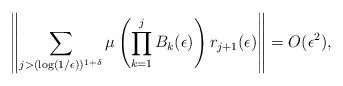
LaTeX: \begin{align*}\left\| \sum_{j> (\log(1/\epsilon))^{1+\delta}} \mu\left(\prod_{k=1}^{j}B_k(\epsilon)\right)r_{j+1}(\epsilon) \right\|= O(\epsilon^2), \end{align*}